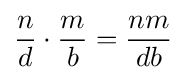
{\frac {n}{d}}\cdot {\frac {m}{b}}={\frac {nm}{db}}